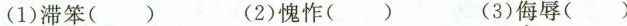
(1)滞笨( ) (2)愧怍( ) (3)侮辱( )